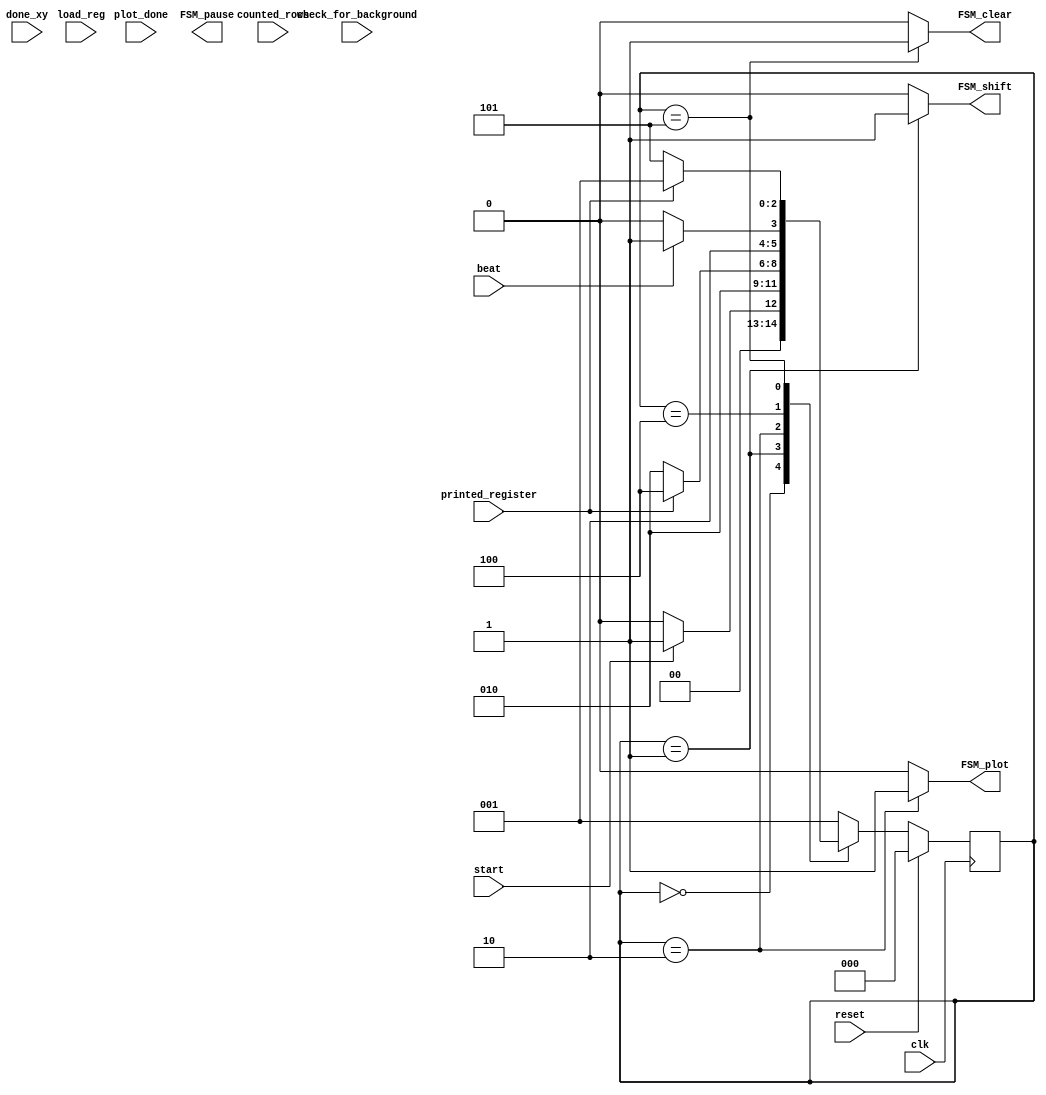
/*
 * -------------------------------------------------------------------------------------------------------------------------------
 * Control path
 * -------------------------------------------------------------------------------------------------------------------------------
 */
 
module control (
	input reset, clk,
	
	input beat, // Rate-driven clock
	input start, // Controls if we should start dropping keys
	input printed_register, // Check if register has been 100% read [input from "printed_register", y_counter module
	input [8:0] check_for_background, // Avoid printing the background of sprites
	input plot_done,
	
	input done_xy,
	input [2:0] counted_rows, // The value of the y-counter
	
	input load_reg,
	
//	output reg FSM_plotEn, // Control VGA plotting
	output reg FSM_clear, // Controls if we are clearing from the register
	output reg FSM_plot, // Controls if we are drawing from the register
	output reg FSM_shift, // Controls if we are still taking in from the register
	output reg FSM_pause
);

	reg [2:0] current_state, next_state;
	
	localparam	MAIN				= 0,
					DEC_REG			= 1,
					DRAW				= 2,
					PAUSE_DRAW		= 3,
					WAIT				= 4,
					ERASE				= 5;
	
	// state table
	always @ (*)
	begin: state_table
		case (current_state)
		
			MAIN: next_state = start ? DEC_REG : MAIN;

			DEC_REG: next_state =  DRAW;
			DRAW: next_state = printed_register ? WAIT : DRAW; // Counted column is if there is a change in the column counter

			WAIT: next_state = beat ? ERASE : WAIT;
			ERASE: next_state = printed_register ? DEC_REG : ERASE;
		
			default: next_state = DEC_REG;
		endcase
	end // state table
	
	
	always @ (*)
	begin: enable_signals
	
		FSM_clear		<= 0;
		FSM_plot			<= 0;
		FSM_shift		<= 0;
		
		case (current_state)
					
			DEC_REG:
			begin
				FSM_shift		<= 1;
			end
				
			DRAW:
			begin
				FSM_plot			<= 1;
			end
			
			ERASE:
			begin
				FSM_clear		<= 1;
			end				
			
		endcase
			
	end // enable signals
	
    // current_state registers
    always@(posedge clk)
    begin: state_FFs
		if(reset)
			begin
				current_state <= MAIN;
			end
		else
//			begin
			current_state <= next_state;
//			end
	end // state_FFS
	
	
endmodule // control